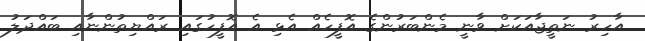
އާހިރު ނަތީޖާއަކަށް ވާނީ މެންބަރުންގެ އޮފީހެއް އެޅި އެ އޮފީހުގައި ރައްޔިތުންނާއި ބައްދަލު